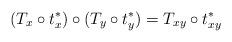
LaTeX: \begin{align*}(T_x\circ t_x^*)\circ (T_y\circ t_y^*)=T_{xy}\circ t_{xy}^*\end{align*}